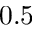
0 . 5